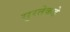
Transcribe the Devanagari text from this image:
सुरतेकडे